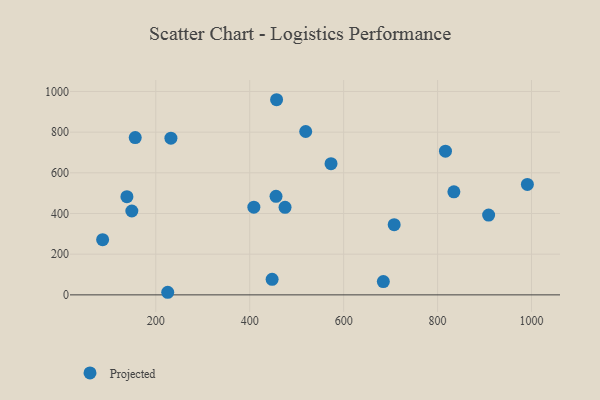
{"axis": {"x": "Price", "y": "Salary"}, "legend": ["Projected"], "data": [{"x": "138.5", "y": 482.6, "type": "Projected"}, {"x": "834.7", "y": 506.6, "type": "Projected"}, {"x": "149.0", "y": 412.3, "type": "Projected"}, {"x": "573.1", "y": 645.2, "type": "Projected"}, {"x": "816.8", "y": 706.2, "type": "Projected"}, {"x": "86.8", "y": 271.3, "type": "Projected"}, {"x": "225.4", "y": 12.7, "type": "Projected"}, {"x": "707.6", "y": 345.3, "type": "Projected"}, {"x": "475.2", "y": 430.4, "type": "Projected"}, {"x": "408.8", "y": 431.3, "type": "Projected"}, {"x": "232.2", "y": 770.6, "type": "Projected"}, {"x": "519.2", "y": 803.1, "type": "Projected"}, {"x": "991.2", "y": 543.0, "type": "Projected"}, {"x": "447.7", "y": 76.2, "type": "Projected"}, {"x": "908.7", "y": 392.3, "type": "Projected"}, {"x": "457.2", "y": 959.4, "type": "Projected"}, {"x": "156.2", "y": 773.5, "type": "Projected"}, {"x": "684.5", "y": 65.1, "type": "Projected"}, {"x": "456.0", "y": 484.5, "type": "Projected"}]}